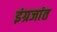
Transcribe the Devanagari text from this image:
इंग्रजांत